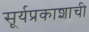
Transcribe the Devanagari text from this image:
सूर्यप्रकाशाची